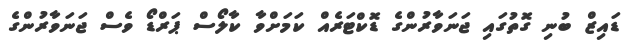
ޑައިޒް ބުނި ގޮތުގައި ޖަނަވާރުންގެ ޑޮކްޓަރެއް ކަމަށްވާ ކާލޯސް ޕަރްޑޯ ވެސް ޖަނަވާރުންގެ